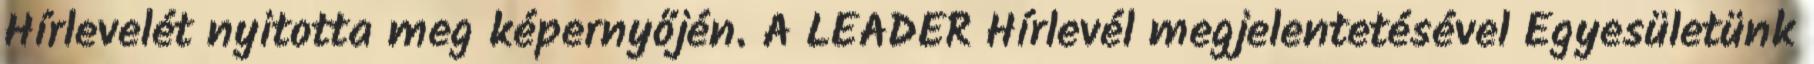
Hírlevelét nyitotta meg képernyőjén. A LEADER Hírlevél megjelentetésével Egyesületünk